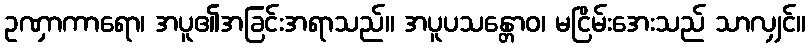
ဥဏှာကာရော၊ အပူ၏အခြင်းအရာသည်။ အပူပသန္တောဝ၊ မငြိမ်းအေးသည် သာလျှင်။